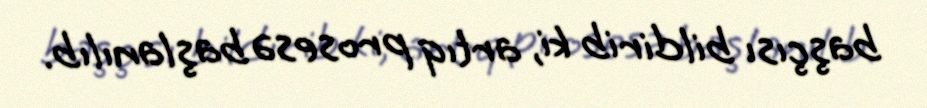
başçısı bildirib ki, artıq prosesə başlanılıb.